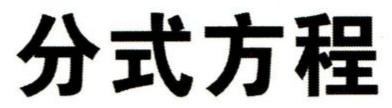
分式方程